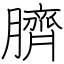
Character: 臍